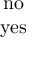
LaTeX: \begin{array} { c } { { \mathrm { n o } } } \\ { { \mathrm { y e s } } } \end{array}